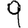
Digit: 9